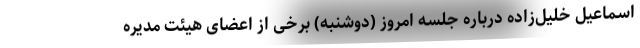
اسماعیل خلیل‌زاده درباره جلسه امروز (دوشنبه) برخی از اعضای هیئت مدیره